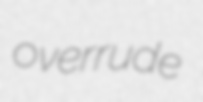
overrude